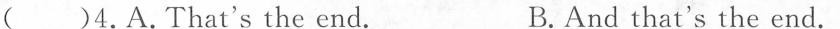
( )4.A.That's the end. B.And that's the end.